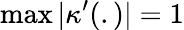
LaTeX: \operatorname*{max}|\kappa^{\prime}(.)|=1